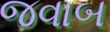
જવાબ